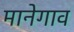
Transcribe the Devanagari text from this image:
मानेगाव